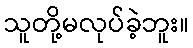
သူတို့မလုပ်ခဲ့ဘူး။